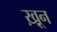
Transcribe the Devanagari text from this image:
ख़़ून